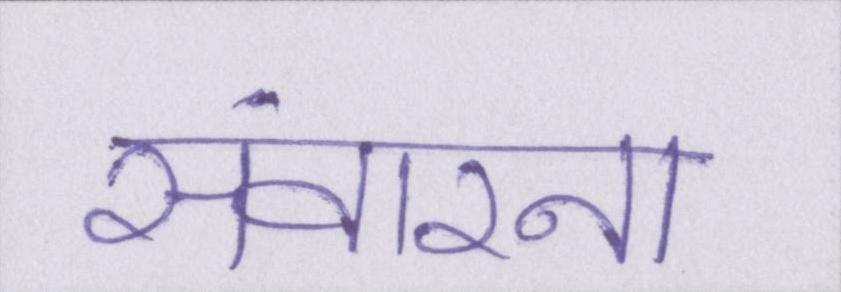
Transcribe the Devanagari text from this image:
संवारना